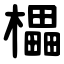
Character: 櫑